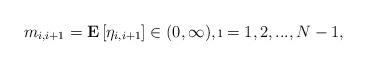
LaTeX: \begin{align*}m_{i,i+1}=\mathbf{E}\left[ \eta _{i,i+1}\right] \in ( 0,\infty ) ,\i=1,2,...,N-1, \end{align*}